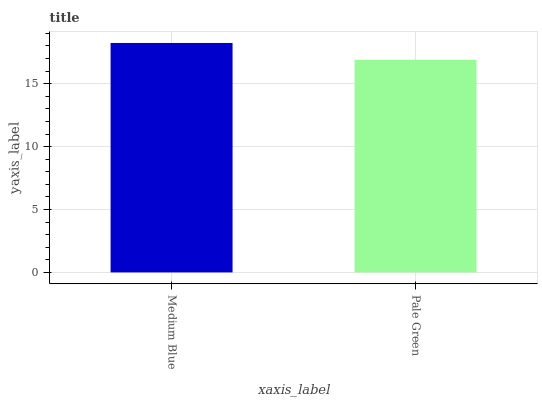
| xaxis_label | bars |
 | --- | --- |
 | Medium Blue | 18.2 |
 | Pale Green | 16.9 |